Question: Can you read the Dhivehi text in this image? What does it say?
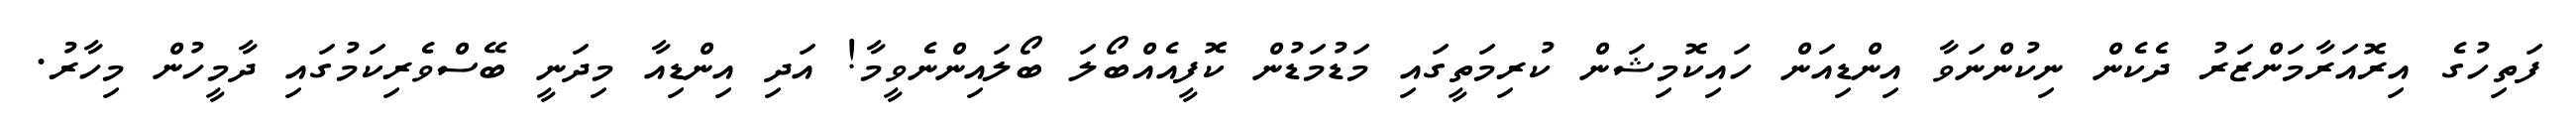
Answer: ފަތިހުގެ އިރޮއަރާމަންޒަރު ދެކެން ނިކުންނަވާ އިންޑިއަން ހައިކޮމިޝަން ކުރިމަތީގައި މަޑުމަޑުން ކޮފީއެއްބޯލަ ބޯލައިންނެވީމާ! އަދި އިންޑިއާ މިދަނީ ބޭސްވެރިކަމުގައި ދާމީހުން މިހާރު.